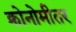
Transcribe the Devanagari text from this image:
क्रोनोमीतर